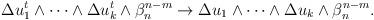
LaTeX: \begin{align*} \begin{aligned}\Delta u_1^{t}\wedge\dots\wedge \Delta u_k^{t} \wedge \beta_n^{n-m}\rightarrow \Delta u_1\wedge\dots\wedge \Delta u_k \wedge \beta_n^{n-m}.\end{aligned} \end{align*}